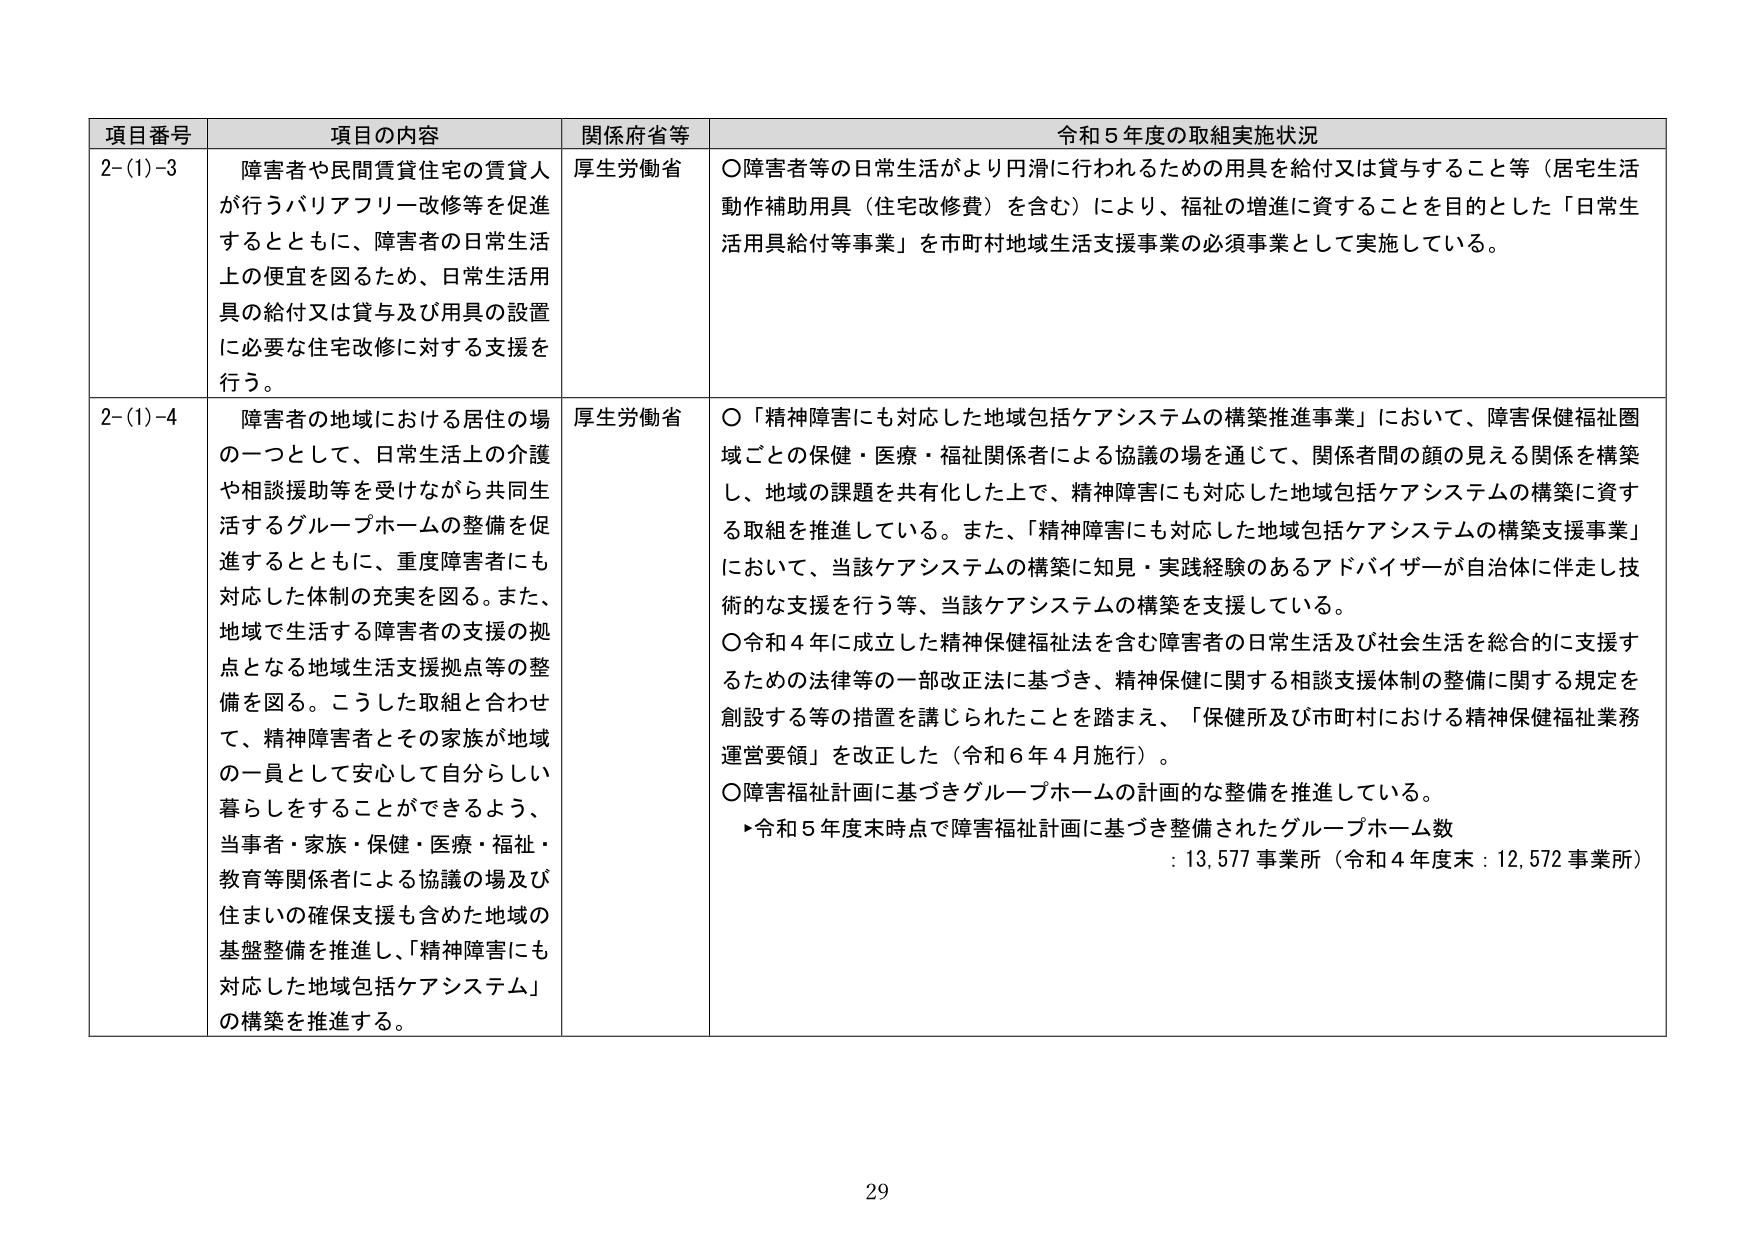
項目番号	項目の内容	関係府省等	令和５年度の取組実施状況
2-(1)-3	障害者や民間賃貸住宅の賃貸人が行うバリアフリー改修等を促進するとともに、障害者の日常生活上の便宜を図るため、日常生活用具の給付又は貸与及び用具の設置に必要な住宅改修に対する支援を行う。	厚生労働省	〇障害者等の日常生活がより円滑に行われるための用具を給付又は貸与すること等（居宅生活動作補助用具（住宅改修費）を含む）により、福祉の増進に資することを目的とした「日常生活用具給付等事業」を市町村地域生活支援事業の必須事業として実施している。
2-(1)-4	障害者の地域における居住の場の一つとして、日常生活上の介護や相談援助等を受けながら共同生活するグループホームの整備を促進するとともに、重度障害者にも対応した体制の充実を図る。また、地域で生活する障害者の支援の拠点となる地域生活支援拠点等の整備を図る。こうした取組と合わせて、精神障害者とその家族が地域の一員として安心して自分らしい暮らしをすることができるよう、当事者・家族・保健・医療・福祉・教育等関係者による協議の場及び住まいの確保支援も含めた地域の基盤整備を推進し、「精神障害にも対応した地域包括ケアシステム」の構築を推進する。	厚生労働省	〇「精神障害にも対応した地域包括ケアシステムの構築推進事業」において、障害保健福祉圏域ごとの保健・医療・福祉関係者による協議の場を通じて、関係者間の顔の見える関係を構築し、地域の課題を共有化した上で、精神障害にも対応した地域包括ケアシステムの構築に資する取組を推進している。また、「精神障害にも対応した地域包括ケアシステムの構築支援事業」において、当該ケアシステムの構築に知見・実践経験のあるアドバイザーが自治体に伴走し技術的な支援を行う等、当該ケアシステムの構築を支援している。
〇令和４年に成立した精神保健福祉法を含む障害者の日常生活及び社会生活を総合的に支援するための法律等の一部改正法に基づき、精神保健に関する相談支援体制の整備に関する規定を創設する等の措置を講じられたことを踏まえ、「保健所及び市町村における精神保健福祉業務運営要領」を改正した（令和６年４月施行）。
〇障害福祉計画に基づきグループホームの計画的な整備を推進している。
　▶令和５年度末時点で障害福祉計画に基づき整備されたグループホーム数
　　：13,577事業所（令和４年度末：12,572事業所）

29